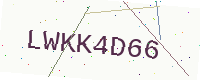
Text: LWKK4D66